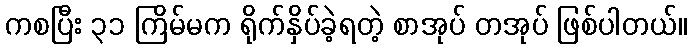
ကစပြီး ၃၁ ကြိမ်မက ရိုက်နှိပ်ခဲ့ရတဲ့ စာအုပ် တအုပ် ဖြစ်ပါတယ်။